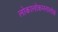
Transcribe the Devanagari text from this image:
लोकालोकमनालोकं